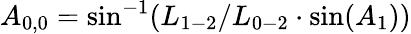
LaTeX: {A_{0,0}}=\sin^{-1}({L_{1-2}}/{L_{0-2}}\cdot\sin({A_{1}}))